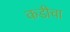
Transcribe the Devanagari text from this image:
कडीचा